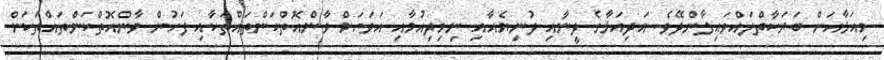
މިއަޅާއަށް ބަރަކާތްލައްވައިފާންދޭވެ. އަދިިއަޅާގެ ދީނާއި ދުނިޔެއާއި ނިމިދިއުމާއި އަވަހަށް ވާންއޮތްކަންތައްތަކާއި ފަހުން ވާންއޮތްކަންތައްތަކަށް